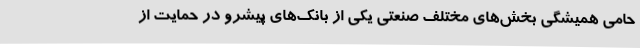
حامی همیشگی بخش‌های مختلف صنعتی یکی از بانک‌های پیشرو در حمایت از